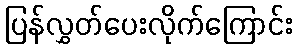
ပြန်လွှတ်ပေးလိုက်ကြောင်း